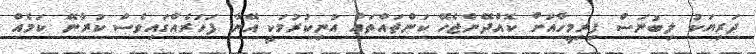
ދަރިޔަކު ލިބުނަސް ފިރިމީހާއަށް ކޮއްދޭންޖެހޭ ކަންތައްތައް އުނިކުރުމަކީ އޭނާ ފަހަރެއްގައިވެސް ކުރާނޭ ކަމެއް